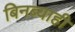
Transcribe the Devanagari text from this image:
बिनब्याही